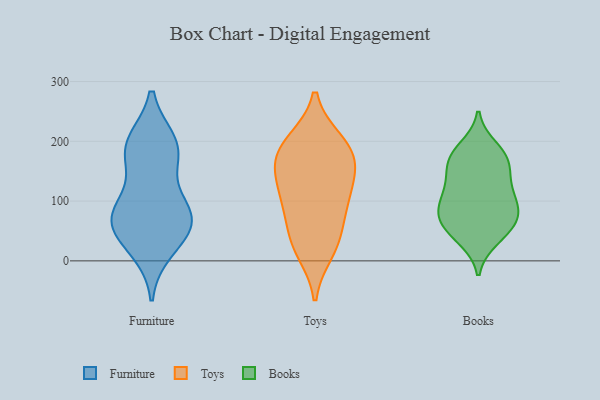
{"axis": {"x": "LTV (USD)", "y": "Value"}, "legend": ["Books", "Furniture", "Toys"], "data": [{"x": "", "y": 195, "type": "Furniture"}, {"x": "", "y": 182, "type": "Furniture"}, {"x": "", "y": 175, "type": "Furniture"}, {"x": "", "y": 75, "type": "Furniture"}, {"x": "", "y": 20, "type": "Furniture"}, {"x": "", "y": 89, "type": "Furniture"}, {"x": "", "y": 43, "type": "Furniture"}, {"x": "", "y": 86, "type": "Furniture"}, {"x": "", "y": 67, "type": "Furniture"}, {"x": "", "y": 197, "type": "Furniture"}, {"x": "", "y": 62, "type": "Furniture"}, {"x": "", "y": 32, "type": "Toys"}, {"x": "", "y": 43, "type": "Toys"}, {"x": "", "y": 199, "type": "Toys"}, {"x": "", "y": 98, "type": "Toys"}, {"x": "", "y": 192, "type": "Toys"}, {"x": "", "y": 147, "type": "Toys"}, {"x": "", "y": 157, "type": "Toys"}, {"x": "", "y": 105, "type": "Toys"}, {"x": "", "y": 98, "type": "Toys"}, {"x": "", "y": 162, "type": "Toys"}, {"x": "", "y": 17, "type": "Toys"}, {"x": "", "y": 188, "type": "Toys"}, {"x": "", "y": 118, "type": "Books"}, {"x": "", "y": 147, "type": "Books"}, {"x": "", "y": 86, "type": "Books"}, {"x": "", "y": 190, "type": "Books"}, {"x": "", "y": 74, "type": "Books"}, {"x": "", "y": 39, "type": "Books"}, {"x": "", "y": 109, "type": "Books"}, {"x": "", "y": 61, "type": "Books"}, {"x": "", "y": 179, "type": "Books"}, {"x": "", "y": 176, "type": "Books"}, {"x": "", "y": 98, "type": "Books"}, {"x": "", "y": 160, "type": "Books"}, {"x": "", "y": 36, "type": "Books"}, {"x": "", "y": 128, "type": "Books"}, {"x": "", "y": 165, "type": "Books"}, {"x": "", "y": 58, "type": "Books"}, {"x": "", "y": 87, "type": "Books"}, {"x": "", "y": 69, "type": "Books"}]}